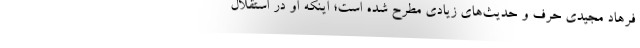
فرهاد مجیدی حرف و حدیث‌های زیادی مطرح شده است؛ اینکه او در استقلال